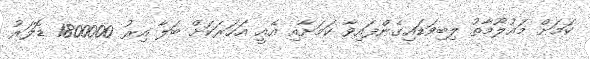
ކަމަށް މައުލޫމާތު ލިބިވަޑައިގެންފައިވާ ކަމަށާއި އެއީ އަހަރަކަށް ބަލާ އިރު 1800000 ޑޮލަރު